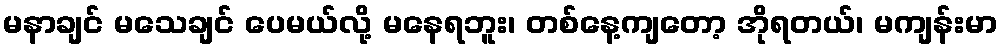
မနာချင် မသေချင် ပေမယ်လို့ မနေရဘူး၊ တစ်နေ့ကျတော့ အိုရတယ်၊ မကျန်းမာ